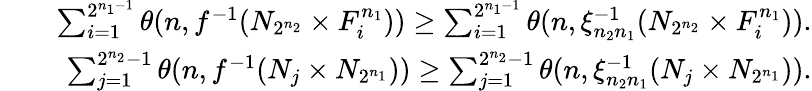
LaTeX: \begin{array}{rlr}&{}&{\sum_{i=1}^{2^{n_{1}-1}}\theta(n,f^{-1}(N_{2^{n_{2}}}\times F_{i}^{n_{1}}))\ge\sum_{i=1}^{2^{n_{1}-1}}\theta(n,\xi_{n_{2}n_{1}}^{-1}(N_{2^{n_{2}}}\times F_{i}^{n_{1}})).}\\ &{}&{\sum_{j=1}^{2^{n_{2}}-1}\theta(n,f^{-1}(N_{j}\times N_{2^{n_{1}}}))\ge\sum_{j=1}^{2^{n_{2}}-1}\theta(n,\xi_{n_{2}n_{1}}^{-1}(N_{j}\times N_{2^{n_{1}}})).}\end{array}